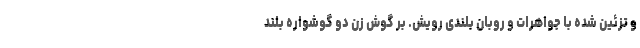
و تزئین شده با جواهرات و روبان بلندی رویش. بر گوش زن دو گوشواره بلند